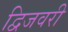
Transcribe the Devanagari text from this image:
द्विजवरी